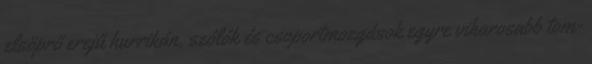
elsöprő erejű hurrikán, szólók és csoportmozgások egyre viharosabb tom-